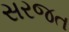
સરજત